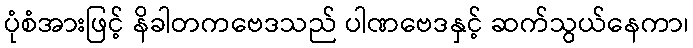
ပုံစံအားဖြင့် နိခါတကဗေဒသည် ပါဏဗေဒနှင့် ဆက်သွယ်နေကာ၊